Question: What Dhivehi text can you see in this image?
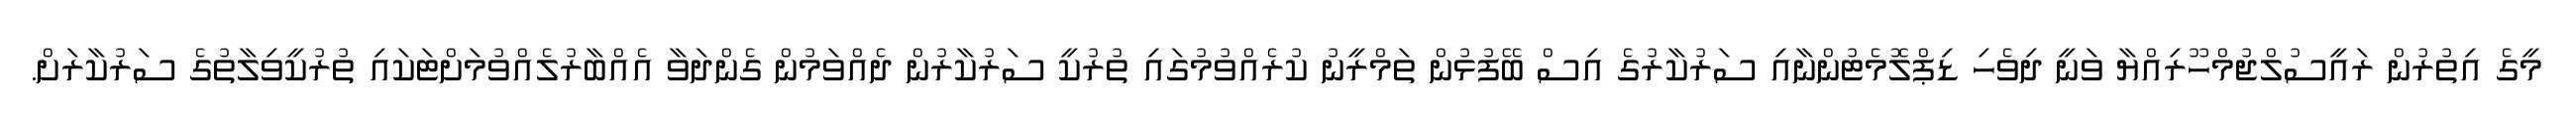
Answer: މީގެ އިތުރުން ރައީސުލްޖުމްހޫރިއްޔާ ވަނީ ދިވެހި ޑިޕްލޮމެޓުންނާއި ސަރުކާރުގެ އިސް ބޭފުޅުން ތަމްރީނު ކުރެއްވުމުގައި ތުރުކީ ސަރުކާރުން ދެއްވަމުން ގެންދަވާ އެއްބާރުލެއްވުމަށްޓަކައި ތުރުކީވިލާތުގެ ސަރުކާރަށް.